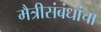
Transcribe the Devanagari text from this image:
मैत्रीसंबंधांचा